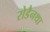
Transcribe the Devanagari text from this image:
रोडैनथा